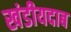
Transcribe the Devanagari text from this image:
खंडीयदाब